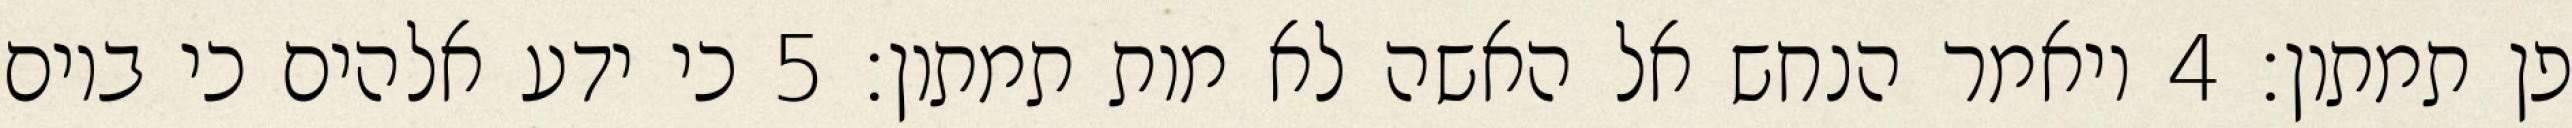
פן תמתון׃ ‎4‏ ויאמר הנחש אל האשה לא מות תמתון׃ ‎5‏ כי ידע אלהים כי ביום